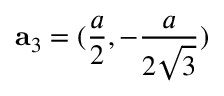
{ \bf a } _ { 3 } = ( \frac { a } { 2 } , - \frac { a } { 2 \sqrt { 3 } } )